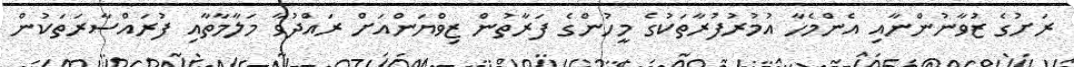
ރަށުގެ ޒުވާނުންނާއި އެންމެހާ އުމުރުފުރާތަކުގެ މީހުންގެ ފަރާތުން ޒިވްޔަންއަށް ރައްދުވާ މަލާމާތާއި ފުރައްސާރަތަކުން